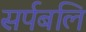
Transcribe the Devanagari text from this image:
सर्पबलि